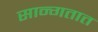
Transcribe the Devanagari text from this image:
सान्गतात